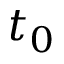
t _ { 0 }